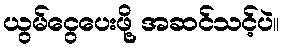
ယွမ်ငွေပေးဖို့ အဆင်သင့်ပဲ။